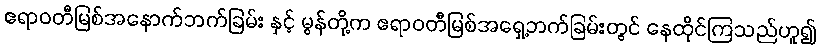
ဧရာဝတီမြစ်အနောက်ဘက်ခြမ်း နှင့် မွန်တို့က ဧရာဝတီမြစ်အရှေ့ဘက်ခြမ်းတွင် နေထိုင်ကြသည်ဟူ၍